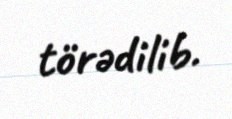
törədilib.